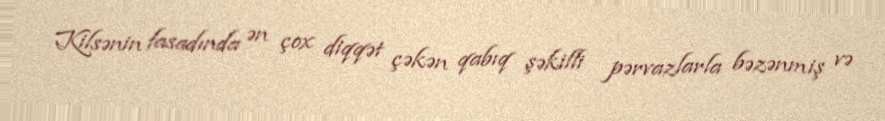
Kilsənin fasadında ən çox diqqət çəkən qabıq şəkilli pərvazlarla bəzənmiş və